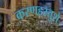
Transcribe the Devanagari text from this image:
करणहस्तुशे